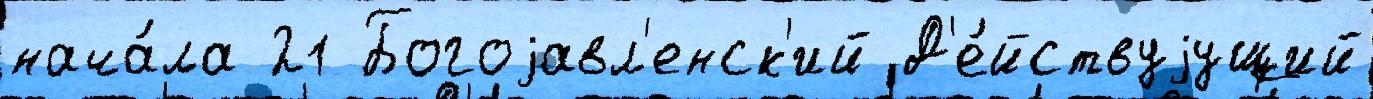
нача́ла 21 Богоjавл'енск'ий Д'е́йствуjущий